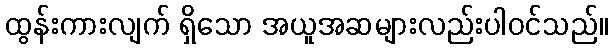
ထွန်းကားလျက် ရှိသော အယူအဆများလည်းပါဝင်သည်။